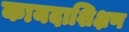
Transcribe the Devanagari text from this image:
कायदाशिक्षण